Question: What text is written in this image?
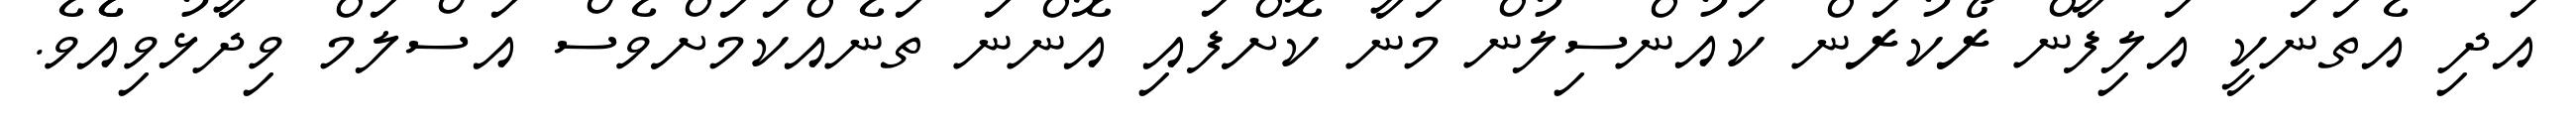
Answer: އަދި އެތަނަކީ އަލިފާން ރޯކުރަން ކައުންސިލުން މަނާ ކޮށްފައި އޮންނަ ތަނެއްކަމަށްވެސް އަސްލަމް ވިދާޅުވިއެެވެ.